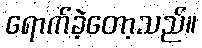
ရောက်ခဲ့တော့သည်။